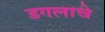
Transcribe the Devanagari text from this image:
डगलाचे